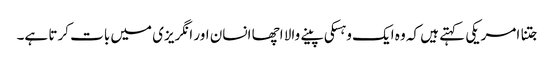
جتنا امریکی کہتے ہیں کہ وہ ایک وہسکی پینے والا اچھا انسان اور انگریزی میں بات کرتا ہے۔